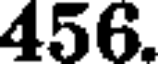
456.